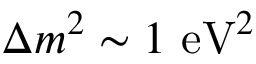
\Delta m ^ { 2 } \sim 1 ~ \mathrm { e V } ^ { 2 }